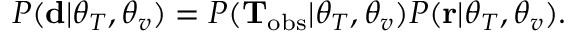
\begin{array} { r } { P ( \mathbf { d } | \boldsymbol { \theta } _ { T } , \boldsymbol { \theta } _ { v } ) = P ( { \bf T } _ { \mathrm { o b s } } | \boldsymbol { \theta } _ { T } , \boldsymbol { \theta } _ { v } ) P ( { \bf r } | \boldsymbol { \theta } _ { T } , \boldsymbol { \theta } _ { v } ) . } \end{array}